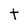
Character: t